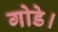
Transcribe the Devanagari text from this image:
गोडे।